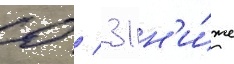
0 / 31 н'и́же